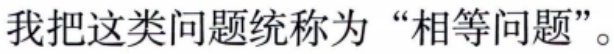
我把这类问题统称为“相等问题”。